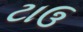
ટાઉ